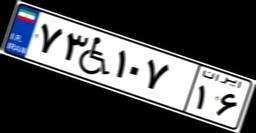
۷۳W۱۰۷۱۶